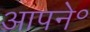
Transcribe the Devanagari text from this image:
आपने॰